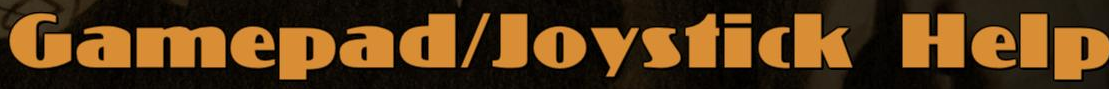
Gamepad/Joystick Help